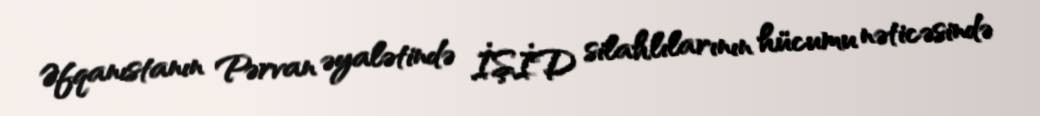
Əfqanıstanın Pərvan əyalətində İŞİD silahlılarının hücumu nəticəsində